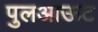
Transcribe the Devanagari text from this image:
पुलआऊट